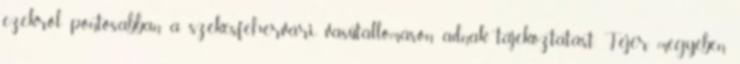
ezekről pontosabban a székesfehérvári vasútállomáson adnak tájékoztatást. Fejér megyében